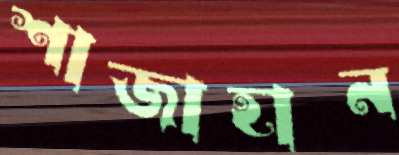
শাজাহান